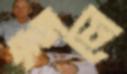
ছুলে